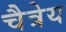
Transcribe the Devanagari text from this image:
चैत्रेय